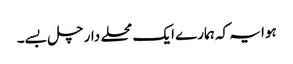
ہوا یہ کہ ہمارے ایک محلے دار چل بسے۔